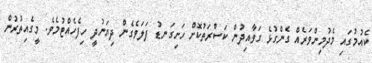
ކެއުމުގައި މެދުމިންވަރެއް ގެންގުޅެ ގަވާއިދުން ކަސްރަތުކޮށް ހަށިގަނޑު ފަލަވެގެން ދިޔަނުދީ ހިފެހެއްޓުމެވެ. މީގެއިތުރުން